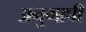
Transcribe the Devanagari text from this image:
अनुमापी